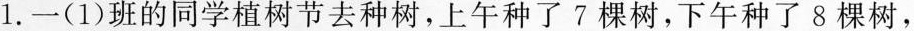
一共种了多少棵树?(4分）